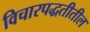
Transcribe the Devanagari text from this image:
विचारपद्धतीतील